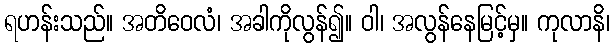
ရဟန်းသည်။ အတိဝေလံ၊ အခါကိုလွန်၍။ ဝါ၊ အလွန်နေမြင့်မှ။ ကုလာနိ၊